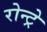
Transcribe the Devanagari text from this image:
रोन्ट्रे